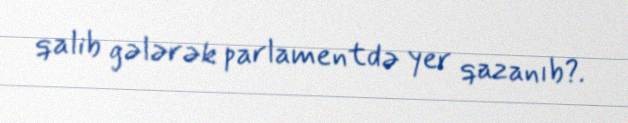
qalib gələrək parlamentdə yer qazanıb?.